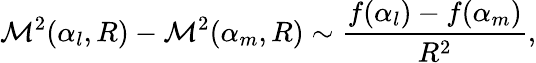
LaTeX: {\cal M}^{2}(\alpha_{l},R)-{\cal M}^{2}(\alpha_{m},R)\sim\frac{f(\alpha_{l})-f(\alpha_{m})}{R^{2}},